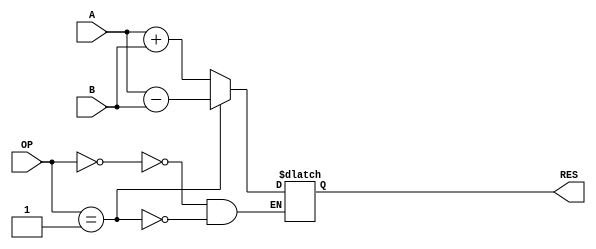
`timescale 1ns / 1ps
//////////////////////////////////////////////////////////////////////////////////
// Company: 
// Engineer: 
// 
// Design Name: 
// Module Name: A_L_U
// Project Name: 
// Target Devices: 
// Tool Versions: 
// Description: 
// 
// Dependencies: 
// 
// Revision:
// Revision 0.01 - File Created
// Additional Comments:
// 
//////////////////////////////////////////////////////////////////////////////////


module A_L_U(
    input [7:0] A,
    input [7:0] B,
    input [2:0] OP, // determines operation to be performed
    output [7:0] RES // output from the ALU
    );
    
    wire [7:0] reg1;
    wire [7:0] reg2;
    reg [7:0] reg3;
    
    assign reg1 = A; // assigning inputs and outputs to internal variables for smooth operations
    assign reg2 = B;
    assign RES = reg3;
    
    always @(*)
    begin
      case (OP)
         1'b0: reg3 = reg1 + reg2;
         1'b1: reg3 = reg1 - reg2;
      endcase
    end
endmodule